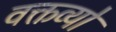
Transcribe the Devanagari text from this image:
वक्तव्यो